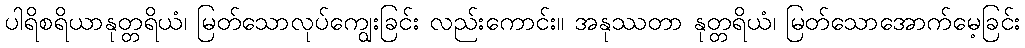
ပါရိစရိယာနုတ္တရိယံ၊ မြတ်သောလုပ်ကျွေးခြင်း လည်းကောင်း။ အနုဿတာ နုတ္တရိယံ၊ မြတ်သောအောက်မေ့ခြင်း